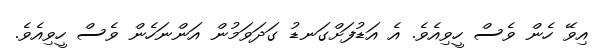
އިވޭ ހެން ވެސް ހީވިއެވެ. އެ އަޑުފަށްގަނޑު ގަދަވަމުން އަންނަހެން ވެސް ހީވިއެވެ.